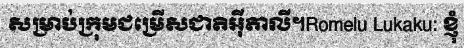
សម្រាប់ក្រុមជម្រើសជាតិអ៊ីតាលី។Romelu Lukaku: ខ្ញុំ